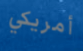
أمريكي